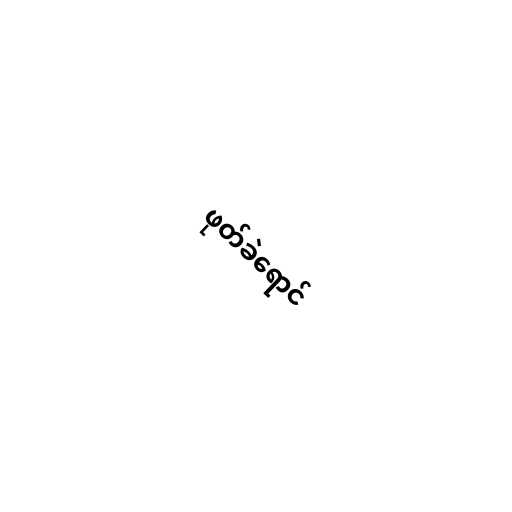
ဖုတ်ခဲရောင်